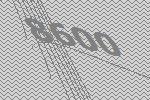
8600